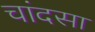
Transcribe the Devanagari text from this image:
चांदसा